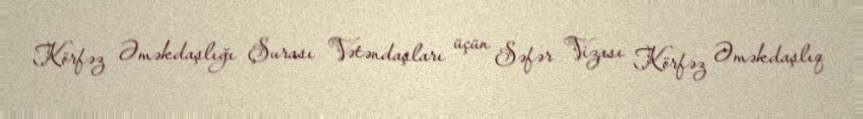
Körfəz Əməkdaşlığı Şurası Vətəndaşları üçün Səfər Vizası Körfəz Əməkdaşlıq